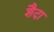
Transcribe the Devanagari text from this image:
शैदा